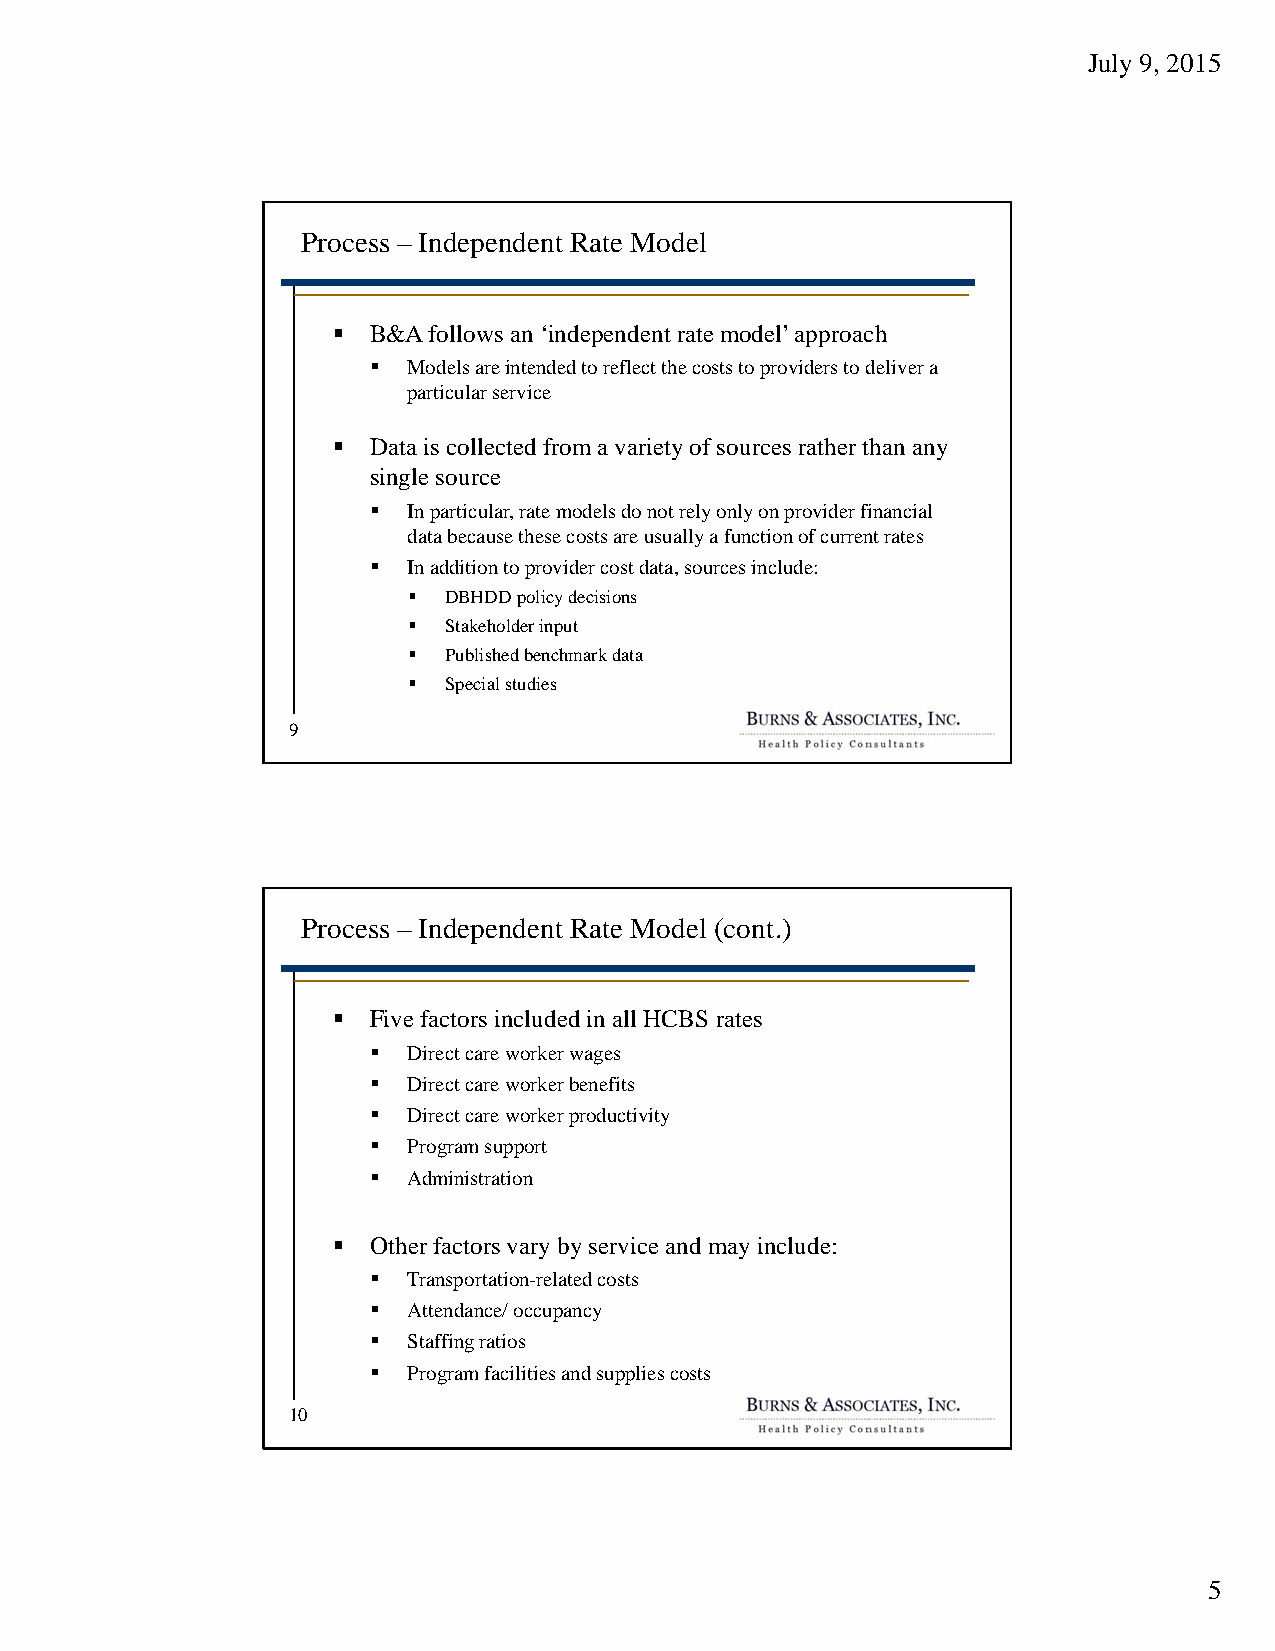
July 9, 2015
 Process – Independent Rate Model
  B&A follows an ‘independent rate model’ approach
   Models are intended to reflect the costs to providers to deliver a
 particular service
  Data is collected from a variety of sources rather than any
 single source
   In particular, rate models do not rely only on provider financial
 data because these costs are usually a function of current rates
   In addition to provider cost data, sources include:
  DBHDD policy decisions
  Stakeholder input
  Published benchmark data
  Special studies
 9
 Process – Independent Rate Model (cont.)
  Five factors included in all HCBS rates
   Direct care worker wages
   Direct care worker benefits
   Direct care worker productivity
   Program support
   Administration
  Other factors vary by service and may include:
   Transportation-related costs
   Attendance/ occupancy
   Staffing ratios
   Program facilities and supplies costs
 10
 5